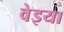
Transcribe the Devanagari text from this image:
वेइया